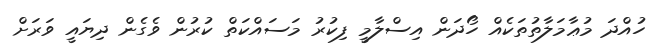
ހުއްދަ މުޢާމަލާތުތަކެއް ހޯދަން އިސްލާމީ ފިކުރު މަސައްކަތް ކުރުން ވެގެން ދިޔައީ ވަރަށް